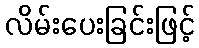
လိမ်းပေးခြင်းဖြင့်